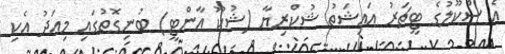
އެ ސްކޫލުގެ ޓީޗަރު އައިޝަތު ޝުކްރިޔާ (ޝުކޫ އާންޓީ) ބުނިގޮތުގައި މިއަދު އެކި